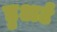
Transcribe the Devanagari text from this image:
डुअर्ट